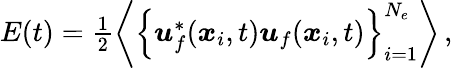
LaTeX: \begin{array}{r}{E(t)=\frac{1}{2}\left\langle\left\{ \boldsymbol{u}_{f}^{*}(\boldsymbol{x}_{i},t)\boldsymbol{u}_{f}(\boldsymbol{x}_{i},t)\right\} _{i=1}^{N_{e}}\right\rangle\, ,}\end{array}